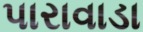
પારાવાડા